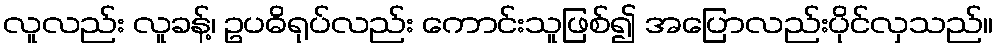
လူလည်း လူခန့်၊ ဥပဓိရုပ်လည်း ကောင်းသူဖြစ်၍ အပြောလည်းပိုင်လှသည်။